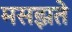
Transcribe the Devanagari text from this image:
मसझते